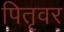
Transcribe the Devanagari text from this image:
पितृवर